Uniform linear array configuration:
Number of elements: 8
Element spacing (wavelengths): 0.75
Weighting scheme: hann
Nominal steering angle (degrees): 30
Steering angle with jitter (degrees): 31.179
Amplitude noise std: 0.05
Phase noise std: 0.05

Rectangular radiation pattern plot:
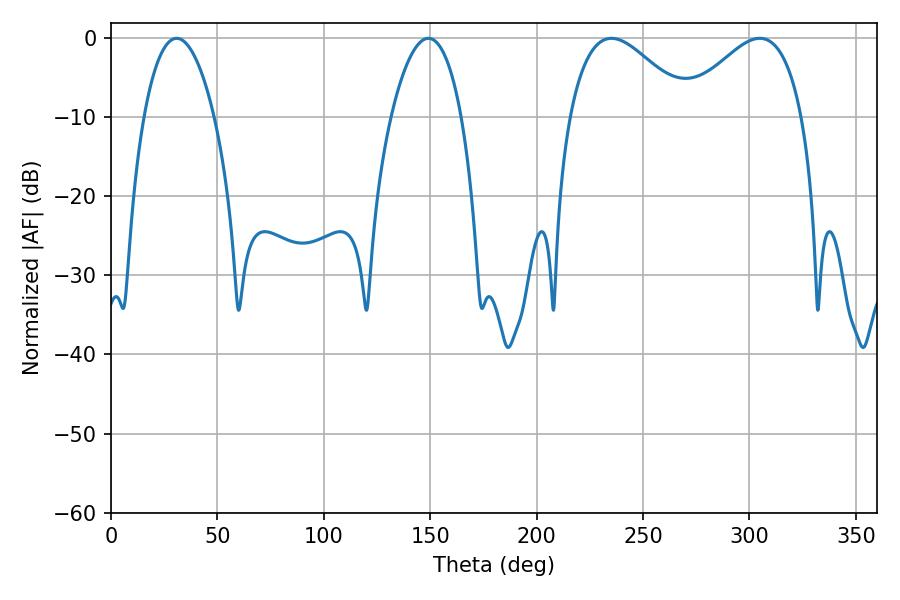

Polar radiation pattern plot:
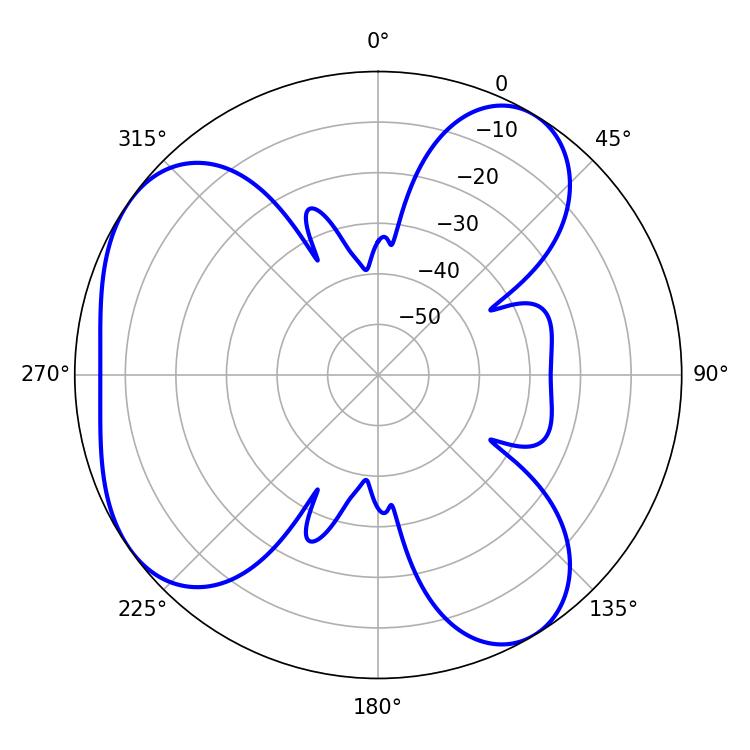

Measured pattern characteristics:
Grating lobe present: TRUE
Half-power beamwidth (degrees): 30.42
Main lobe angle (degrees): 235.08